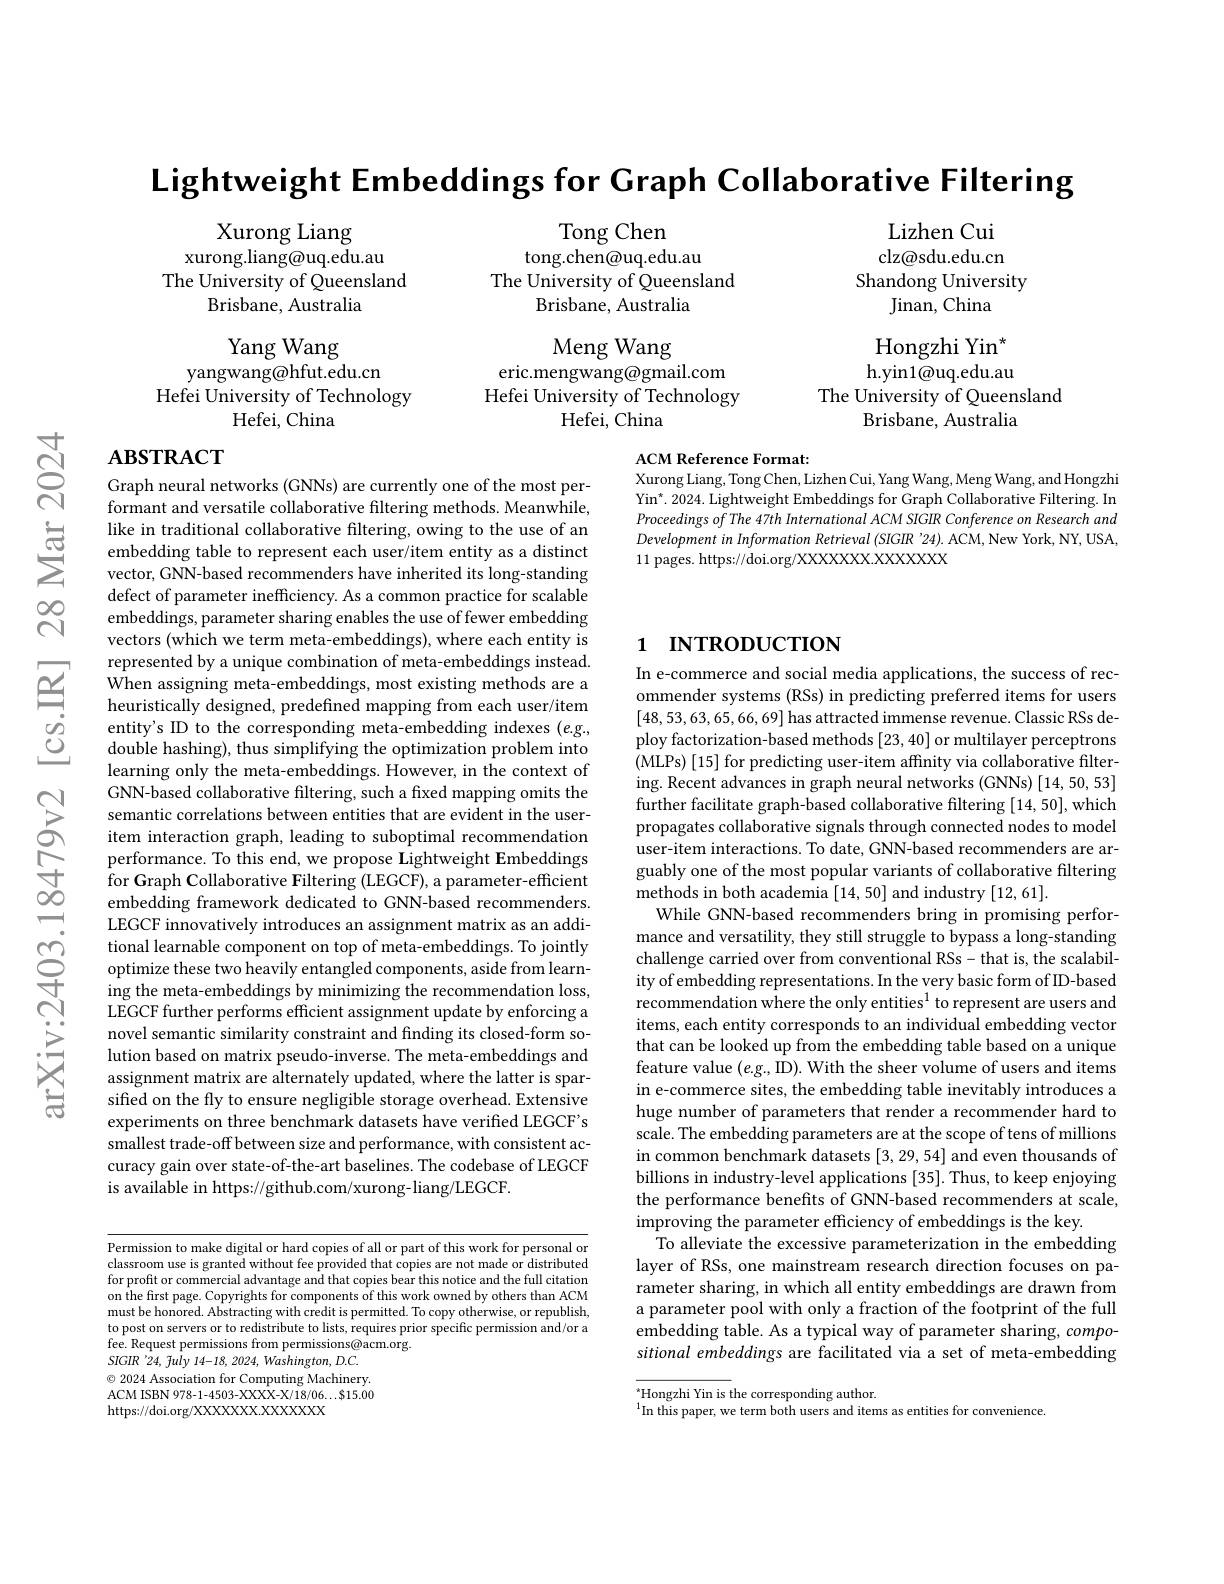
$\textbf{Lightweight Embeddings for Graph Collaborative Filtering}$

Tong Chen
tong.chen@uq.edu.au
The University of Queensland
Brisbane, Australia

Lizhen Cui clz@sdu.edu.cn
Shandong University
Jinan, China

Xurong Liang
xurong.liang@uq.edu.au
The University of Queensland
Brisbane, Australia

Meng Wang
eric.mengwang@gmail.com Hefei University of Technology
Hefei, China

Yang Wang
yangwang@hfut.edu.cn
Hefei University of Technology
Hefei, China

Hongzhi Yin$^*$ h. yin1@ uq. edu. au
The University of Queensland
Brisbane, Australia

# $\mathbf{ABSTRACT}$

ACM Reference Format:
Xurong Liang, Tong Chen, Lizhen Cui, Yang Wang, Meng Wang, and Hongzhi

Yin$^*.$ 2024. Lightweight Embeddings for Graph Collaborative Filtering. In Proceedings of The 47th International ACM SIGIR Conference on Research and DevelopmentinInformation Retrieval (SIGIR '24).ACM,New York, NY, USA, 11 pages. https://doi.org/XXXXXXX.XXXXX

# 1 INTRODUCTION

Graph neural networks (GNNs) are currently one of the most performant and versatile collaborative filtering methods. Meanwhile, like in traditional collaborative filtering, owing to the use of an embedding table to represent each user/item entity as a distinct vector, GNN-based recommenders have inherited its long-standing defect of parameter inefficiency. As a common practice for scalable embeddings, parameter sharing enables the use of fewer embedding vectors (which we term meta-embeddings), where each entity is represented by a unique combination of meta-embeddings instead. $\dot{\text{When assigning meta-embeddings, most existing methods are a}}$ heuristically designed, predefined mapping from each user/item entity's ID to the corresponding meta-embedding indexes $(e.g.$, double hashing), thus simplifying the optimization problem into learning only the meta-embeddings. However, in the context of GNN-based collaborative filtering, such a fixed mapping omits the semantic correlations between entities that are evident in the useritem interaction graph, leading to suboptimal recommendation
performance. To this end, we propose Lightweight Embeddings 于 for Graph Collaborative Filtering ( LEGCF) , a parameter- efficient embedding framework dedicated to GNN- based recommenders.
LEGCF innovatively introduces an assignment matrix as an additional learnable component on top of meta-embeddings. To jointly optimize these two heavily entangled components, aside from learning the meta-embeddings by minimizing the recommendation loss, LEGCF further performs efficient assignment update by enforcing a novel semantic similarity constraint and finding its closed-form solution based on matrix pseudo-inverse. The meta-embeddings and assignment matrix are alternately updated, where the latter is sparsifted on the fly to ensure negligible storage overhead. Extensive experiments on three benchmark datasets have verified LEGCF's smallest trade-off between size and performance, with consistent accuracy gain over state-of-the-art baselines. The codebase of LEGCF is available in https://github.com/xurong-liang/LEGCF.

In e-commerce and social media applications, the success of recommender systems (RSs) in predicting preferred items for users [48,53,63,65,66,69] has attracted immense revenue. Classic RSs deploy factorization-based methods [23,40] or multilayer perceptrons ( MLPs) [ 15] for predicting user- item affnity via collaborative filter- ing. Recent advances in graph neural networks (GNNs) [14,50,53] further facilitate graph-based collaborative filtering [14,50], which propagates collaborative signals through connected nodes to model user-item interactions. To date, GNN-based recommenders are arguably one of the most popular variants of collaborative filtering methods in both academia [14,50] and industry [12,61].
While GNN-based recommenders bring in promising performance and versatility, they still struggle to bypass a long-standing challenge carried over from conventional RSs- that is, the scalability of embedding representations. In the very basic form of ID-based recommendation where the only entities$^{1}$ to represent are users and items, each entity corresponds to an individual embedding vector that can be looked up from the embedding table based on a unique feature value $(e.g.$, ID). With the sheer volume of users and items in e-commerce sites, the embedding table inevitably introduces a huge number of parameters that render a recommender hard to scale. The embedding parameters are at the scope of tens of millions in common benchmark datasets [3,29,54] and even thousands of billions in industry-level applications [35]. Thus, to keep enjoying the performance benefits of GNN-based recommenders at scale, improving the parameter efficiency of embeddings is the key.
To alleviate the excessive parameterization in the embedding layer of RSs, one mainstream research direction focuses on parameter sharing, in which all entity embeddings are drawn from a parameter pool with only a fraction of the footprint of the full embedding table. As a typical way of parameter sharing, compositional embeddings are facilitated via a set of meta-embedding

Permission to make digital or hard copies of all or part of this work for personal or classroom use is granted without fee provided that copies are not made or distributed for profit or commercial advantage and that copies bear this notice and the full citation on the first page. Copyrights for components of this work owned by others than ACM must be honored. Abstracting with credit is permitted. To copy otherwise, or republish, to post on servers or to redistribute to lists, requires prior specific permission and/or a fee. Request permissions from permissions@acm.org.
$SIGIR$ '24, fuly 14-18, 2024, Washington, D.C. $\odot$ 2024 Association for Computing Machinery. ACM ISBN 978-1-4503-XXXX-X/18/06...$15.00 https://doi.org/XXXXXXX.XXXXXXX

$^{*}$Hongzhi Yin is the corresponding author.
$^{1}$In this paper, we term both users and items as entities for convenience